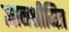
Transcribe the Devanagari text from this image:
ज्ञानश्रीमित्र